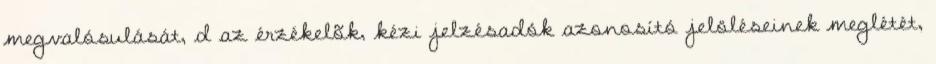
megvalósulását, d az érzékelõk, kézi jelzésadók azonosító jelöléseinek meglétét,